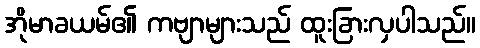
အိုမာခယမ်၏ ကဗျာများသည် ထူးခြားလှပါသည်။